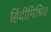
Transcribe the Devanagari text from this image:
हिंदीमिश्रित